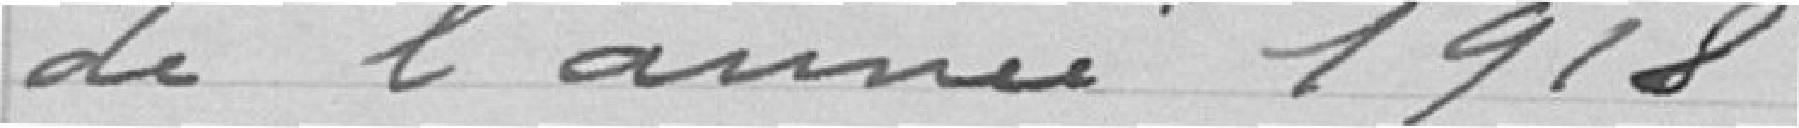
de l'année 1918 .